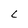
Character: L